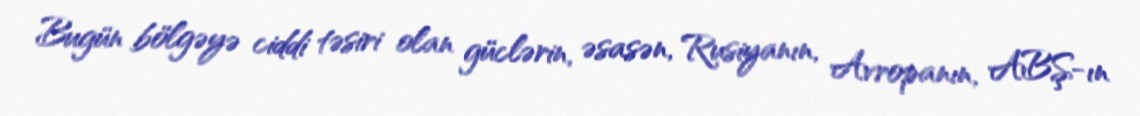
Bugün bölgəyə ciddi təsiri olan güclərin, əsasən, Rusiyanın, Avropanın, ABŞ-ın